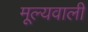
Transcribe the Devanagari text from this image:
मूल्यवाली